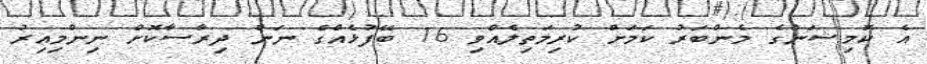
އެ ކޮމިޝަންގެ މެންބަރު ކަމަށް ކުރިމަތިލެއްވި 16 ބޭފުޅެއްގެ ނަން ދިރާސާކޮށް ނިންމިއިރު